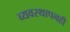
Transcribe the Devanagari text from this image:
व्यवस्थापनही